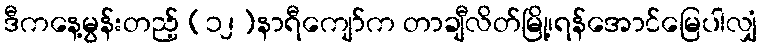
ဒီကနေ့မွန်းတည့် (၁၂)နာရီကျော်က တာချီလိတ်မြို့၊ရန်အောင်မြေပါလျှံ